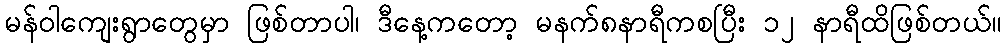
မန်ဝါကျေးရွာတွေမှာ ဖြစ်တာပါ၊ ဒီနေ့ကတော့ မနက်၈နာရီကစပြီး ၁၂ နာရီထိဖြစ်တယ်။